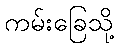
ကမ်းခြေသို့